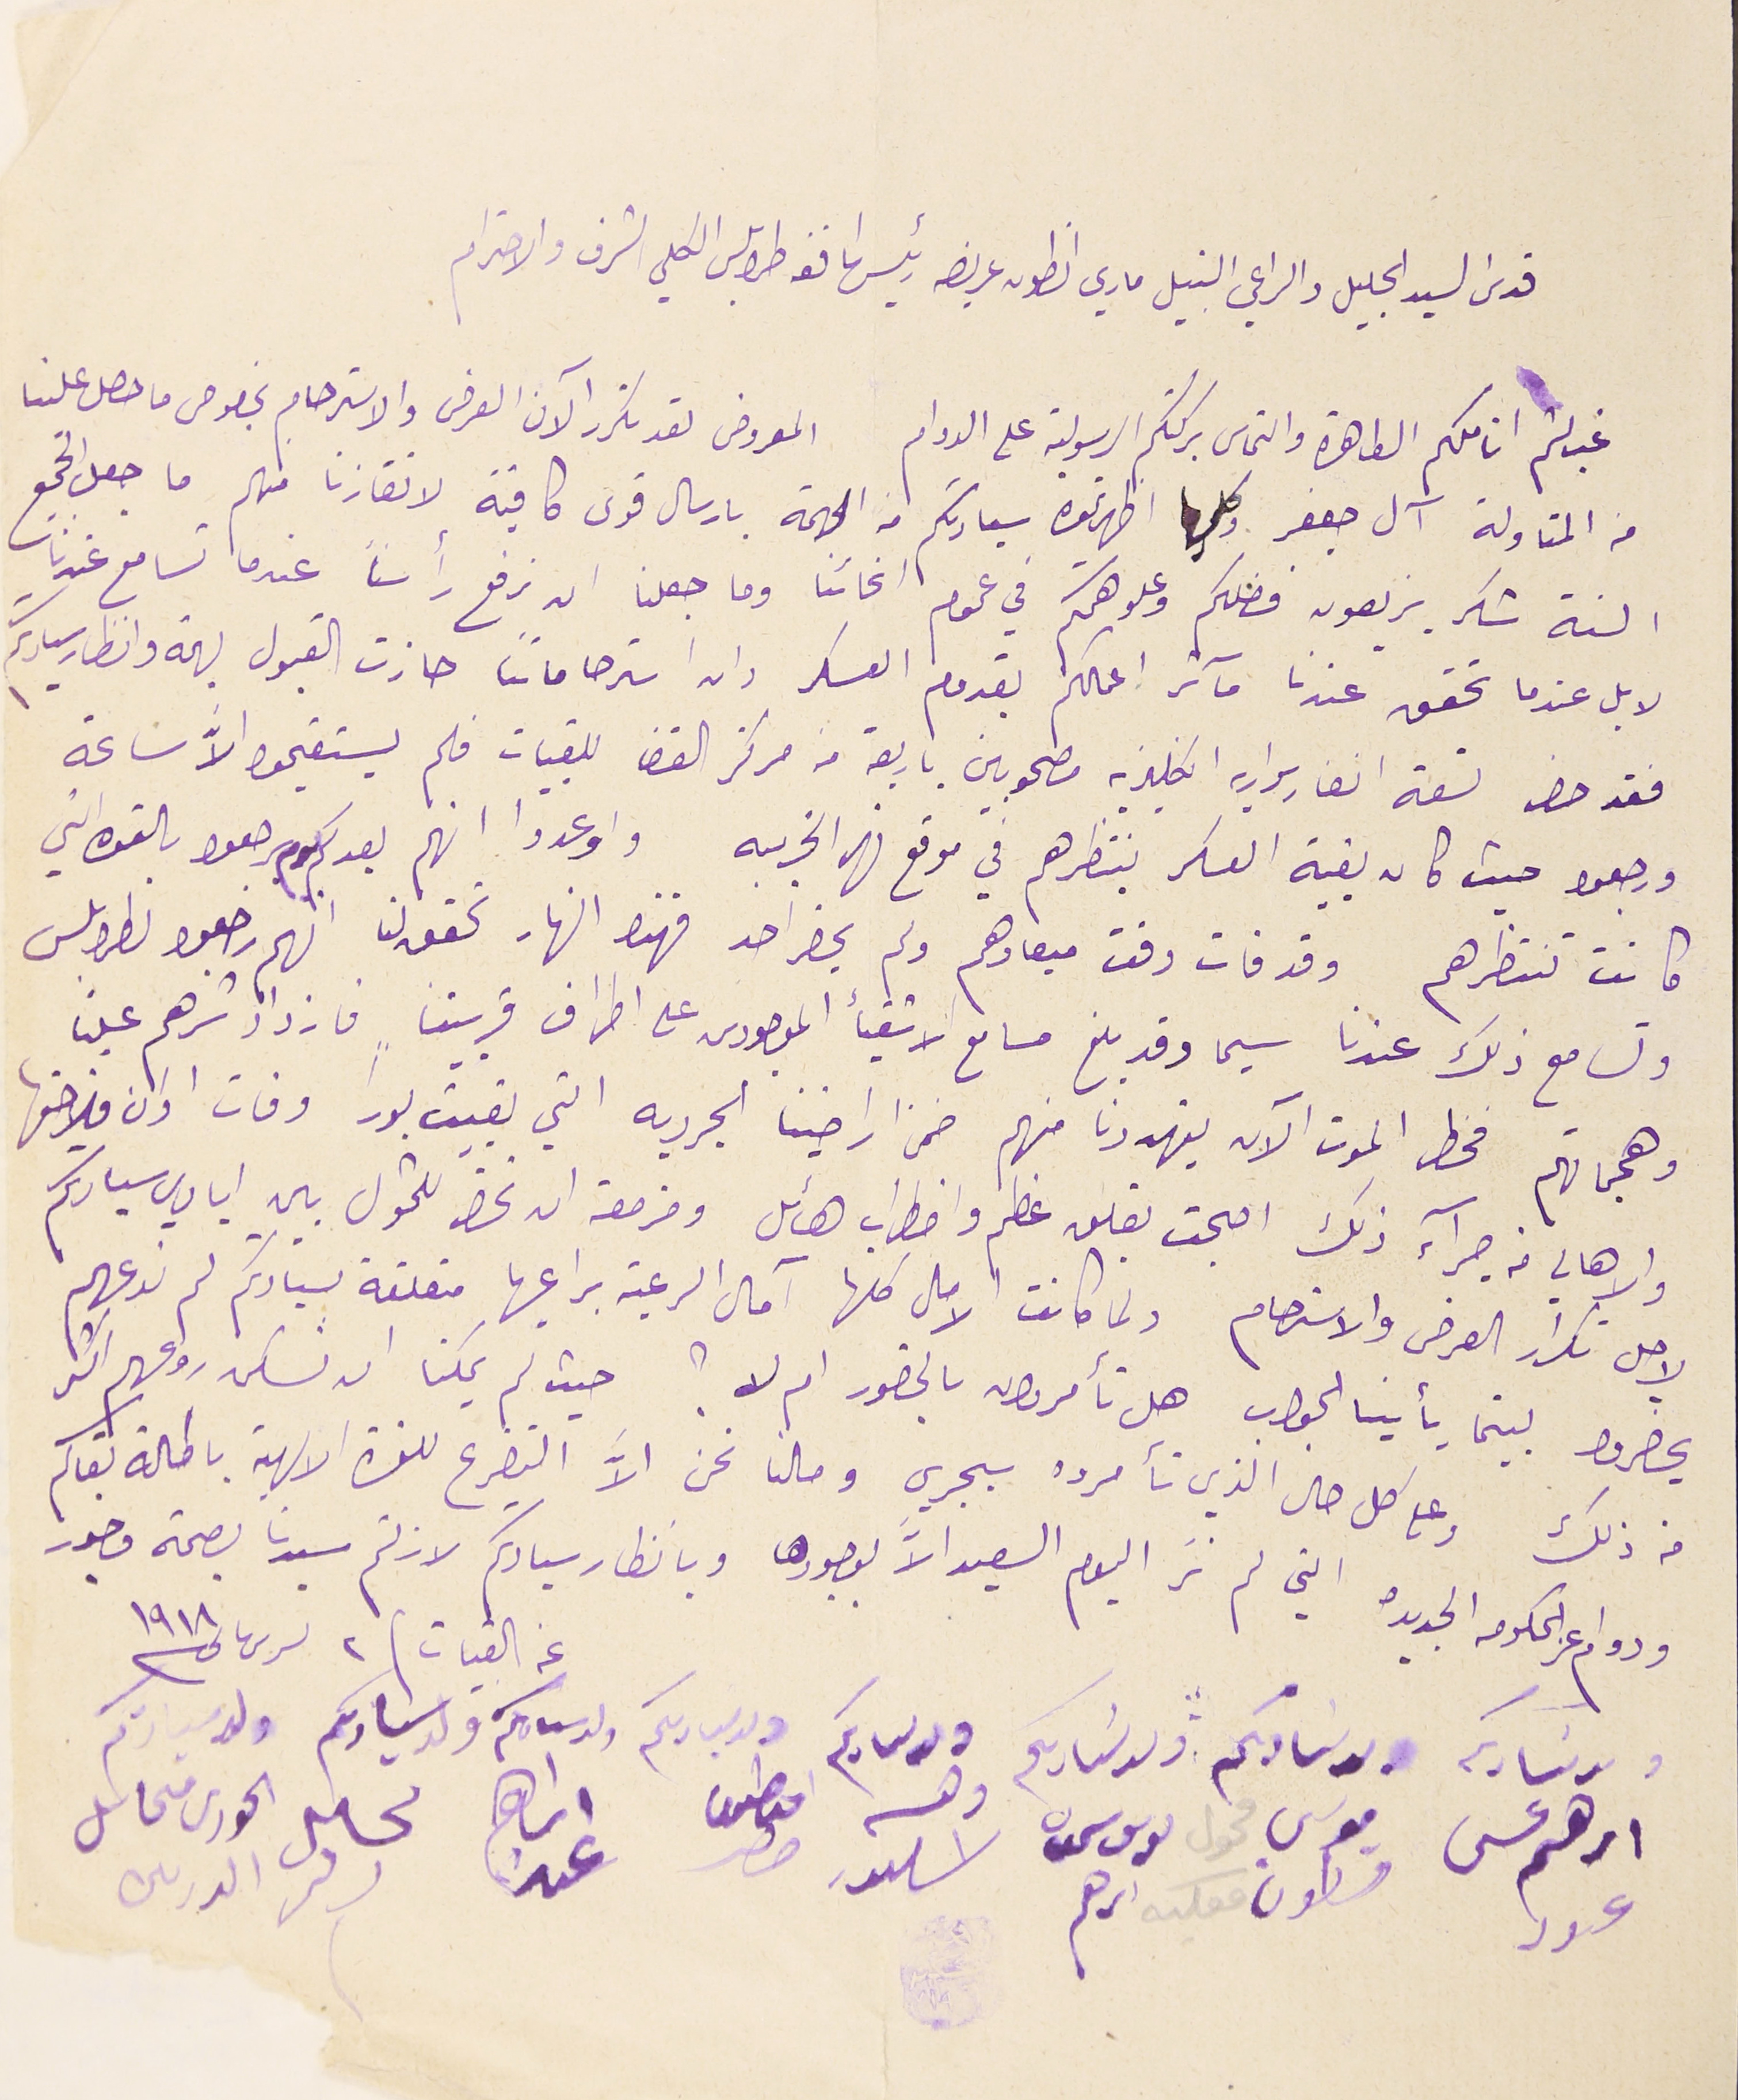
قدسَ السيد الجليل والراعي النبيل ماري انطون عريضه رئيس اساقفة طرابلسَ الكلي الشرف والاحترام
غب لثم اناملكم الطاهرة والتماس بركتكم الرسولية على الدوام المعروض لقد تكرر الآن العرف والاسترحام بخصوص ما حصل علينا
من المتاولة آل جعفر وكلما اظهرتموه سيادتكم من الهجمة بارسال قوى كافية لانقاذنا منهم ما جعل الجميع
السنة شكر يزيعون فضلكم وعلو همتكم في عموم انحائنا وما جعلنا ان نرفع رأسنا عندما تسامع عندنا
لا بل عندما تحقق عندنا مآثر اعمالكم بقدوم العسكر وان استرحاماتنا حازت القبول بهمة وانظار سيادتكم
فقد حضر تسعة انفار سواريه انكليزيه مصحوبين باربعة من مركز القضا للقبيات فلم يستقيموا الاَّ سَاعة
ورجعوا حيث كان بقية العسكر ينتظرهم في موقع نهر الخريبه واوعدوا انهم بعد كم يوم يرجعوا بالقوة التي
كانت تنتظرهم وقد فات وقت ميعادهم ولم يحضر احد فهذا النهار تحقق لنا انهم رجعوا لطرابلس
وتسامع ذلك عندنا سيما وقد بلغ مسامع الاشقيأ الموحودين على اطراف قريتنا فازداد شرهم علينا
وهجماتهم فخطر الموت الآن يتهددنا منهم ضمن اراضينا الجردية التي بقيت بوراً وفات اوان فلاحتها
والاهالي من جرآء ذلك اصبحت بقلق عظيم واضطراب هائل ومزمعة ان تحضر للتحول بين ايادي سيادتكم
لاجل تكرار العرض والاسترحام ولما كانت الامال كلها آمال الرعية براعيها متعلقة لسيادتكم لم ندعهم
يحضروا بينما يأتينا الجواب هل تأمرون بالحضور ام لا؟ حيث لم يمكنا ان نسكن روعهم اكثر
من ذلك وعلى كل حال الذي تأمروه سيجري وحالنا نحن الاَّ التضرع للقدرة الالهية باطالة بقاكم
ودوام عز الحكومه الجديده التي لم نرَ اليوم السعيد الاَّ بوجودها وبانظار سيادتكم لازلتم سيدنا بصحة وخير
ولد سَادكم ولد سَادكم ولد سَادكم ولد سادكم ولد سيادكم ولد سادكم ولد سيادتكم ولد سيادتكم
اىراهم عسى عىود  موسى قسطون ىوسف سمعان اىرهم اسكندر اعناطىوس حصر ابراهيم عىد  مخاىل الحورى محايل الدرىىى
عن القبيات ٢ تشرين تانى ١٩١٨